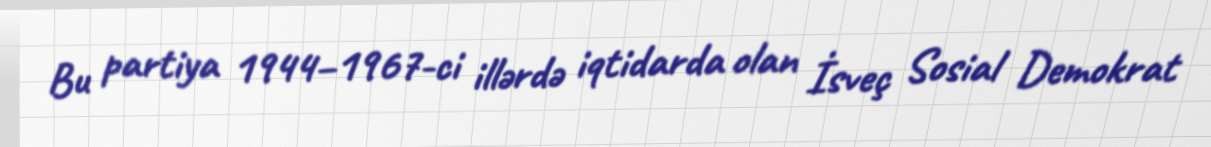
Bu partiya 1944–1967-ci illərdə iqtidarda olan İsveç Sosial Demokrat